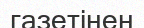
газетінен